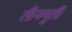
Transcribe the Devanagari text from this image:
तीनमुर्ती